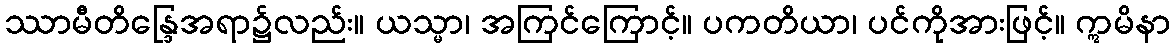
ဿာမီတိန္ဒြေအရာ၌လည်း။ ယသ္မာ၊ အကြင်ကြောင့်။ ပကတိယာ၊ ပင်ကိုအားဖြင့်။ ဣမိနာ